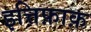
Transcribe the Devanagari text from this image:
इत्तिफ़ाक़